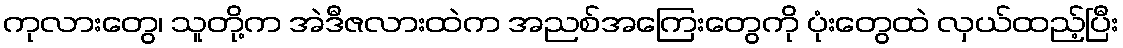
ကုလားတွေ၊ သူတို့က အဲဒီဇလားထဲက အညစ်အကြေးတွေကို ပုံးတွေထဲ လှယ်ထည့်ပြီး